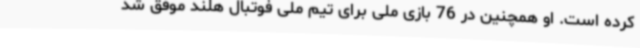
کرده است. او همچنین در 76 بازی ملی برای تیم ملی فوتبال هلند موفق شد